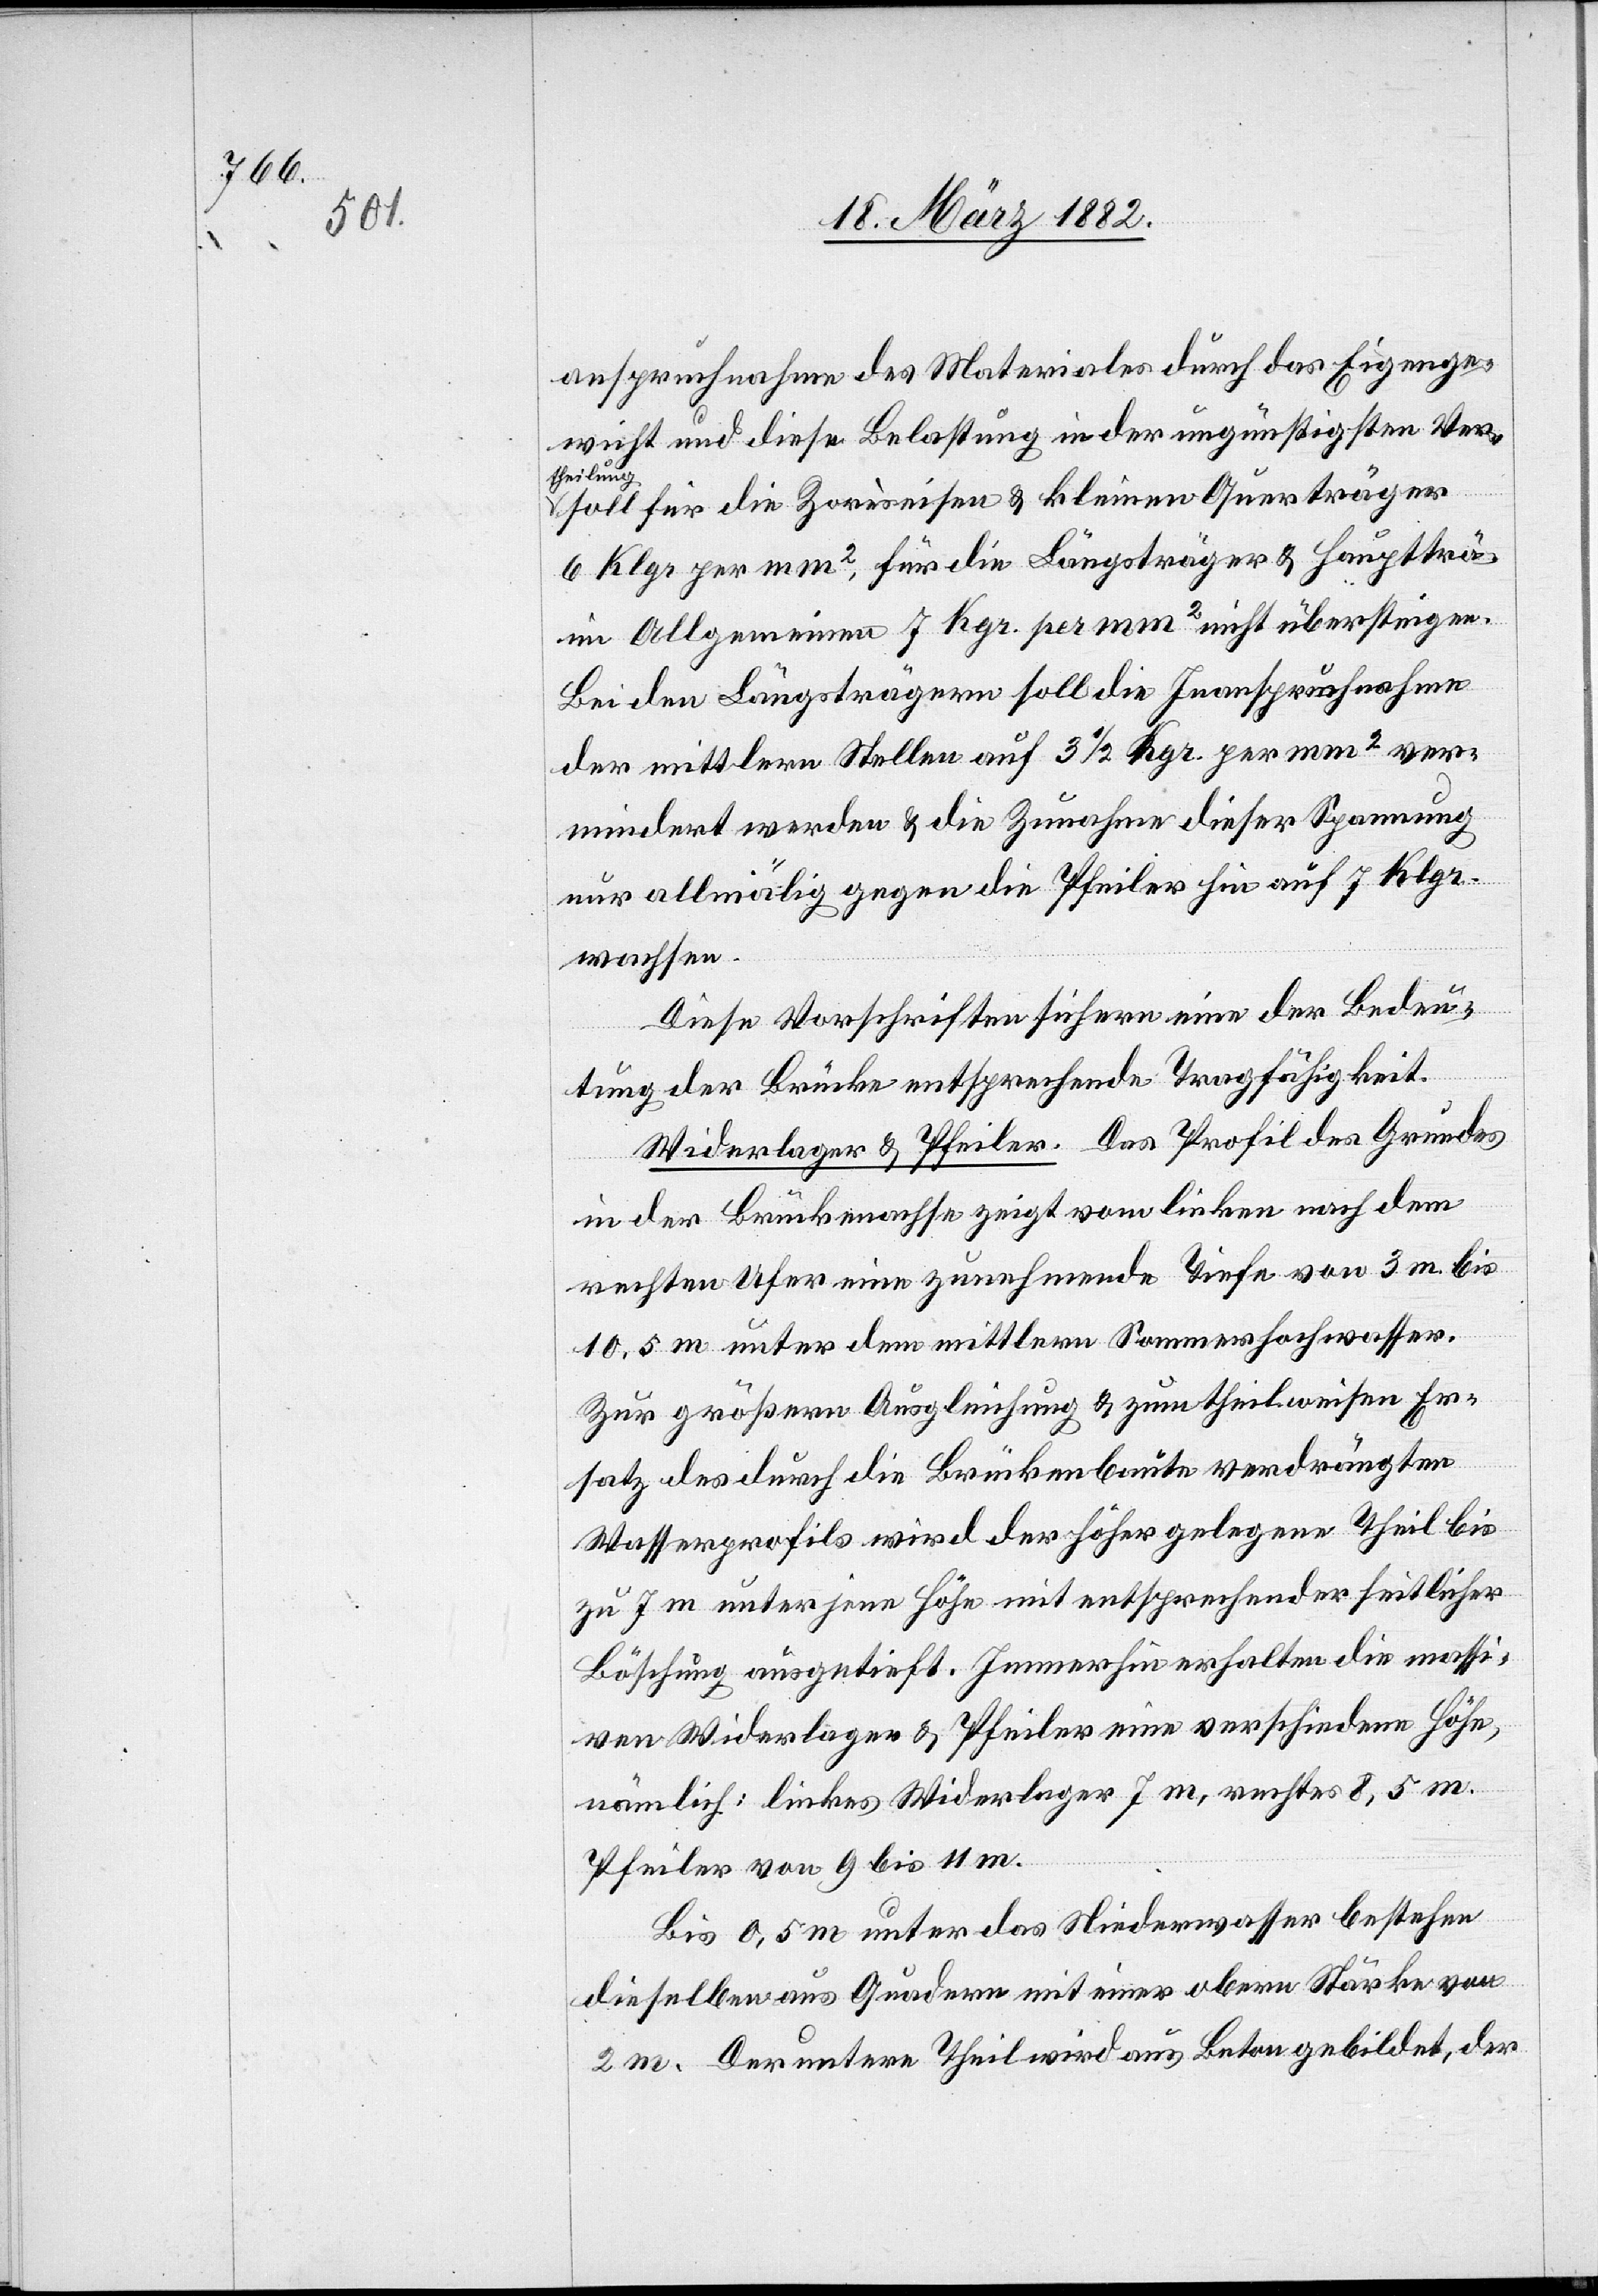
anspruchnahme des Materials durch das Eigenge¬
wicht und diese Belastung in der ungünstigsten Ver¬
theilung
soll für die Zorèseisen & kleinen Querträger
6 Klgr. per mm2, für die Längsträger & Hauptträger
im Allgemeinen 7 Kgr. per mm2 nicht übersteigen.
Bei den Längsträgern soll die Inanspruchnahme
der mittleren Stellen auf 31/2 Kgr. per mm2 ver¬
mindert werden & die Zunahme dieser Spannung
nur allmälig gegen die Pfeiler hin auf 7 Klgr.
wachsen.
Diese Vorschriften sichern eine der Bedeu¬
tung der Brücke entsprechende Tragfähigkeit.
Widerlager & Pfeiler. Das Profil des Grundes
in der Brückenachse zeigt vom linken nach dem
rechten Ufer eine zunehmende Tiefe von 3 m bis
10,5 m unter dem mittleren Sommerhochwasser.
Zur größeren Ausgleichung & zum theilweisen Er¬
satz des durch die Brückenbaute verdrängten
Wasserprofils wird der höher gelegene Theil bis
zu 7 m unter jene Höhe mit entsprechender seitlicher
Böschung ausgetieft. Immerhin erhalten die massi¬
ven Widerlager & Pfeiler eine verschiedene Höhe,
nämlich: linkes Widerlager 7 m, rechtes 8,5 m
Pfeiler von 9 bis 11 m.
Bis 0,5 m unter das Niederwasser bestehe
dieselbe aus Quadern mit einer obern Stärke von
2 m. Der untere Theil wird aus Beton gebildet, der